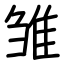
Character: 雏